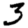
Digit: 3